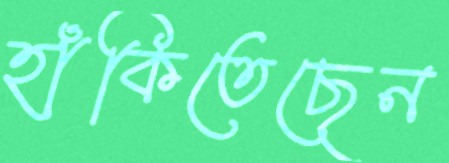
হাঁকিতেছেন